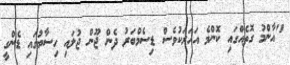
"އާންމު ގޮތެއްގައި ކޮންމެ އަހަރަކުވެސް ޑިސެމްބަރު ދެން ޖޫން ޖުލައި ހިސާބުގައި ޑެންގީ